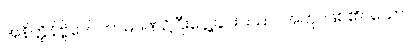
အနိတ္ထိနိဗ္ဗိဒေါ၊ ကာမဂုဏ်၌ငြီးငွေ့ခြင်းသည်။ အဟု၊ ဖြစ်၏။ သော၊